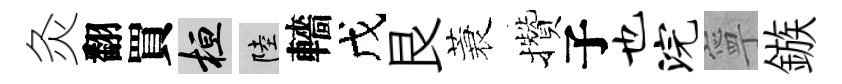
灸翻買桓陸轖戊艮蓑攢子也浣寧鏃